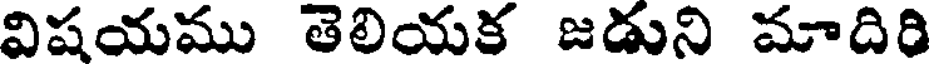
విషయము తెలియక జడుని మాదిరి